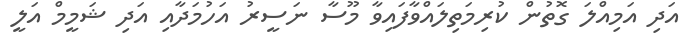
އަދި އަމިއްލަ ގޮތުން ކުރިމަތިލައްވާފައިވާ މޫސާ ނަސީރު އަހުމަދާއި އަދި ޝަމީމް އަލީ